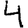
Digit: 4